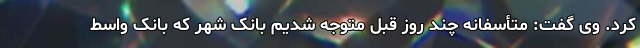
کرد. وی گفت: متأسفانه چند روز قبل متوجه شدیم بانک شهر که بانک واسط